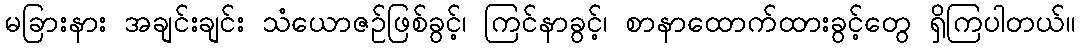
မခြားနား အချင်းချင်း သံယောဇဉ်ဖြစ်ခွင့်၊ ကြင်နာခွင့်၊ စာနာထောက်ထားခွင့်တွေ ရှိကြပါတယ်။